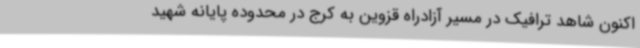
اکنون شاهد ترافیک در مسیر آزادراه قزوین به کرج در محدوده پایانه شهید